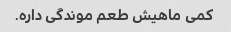
کمی ماهیش طعم موندگی داره.